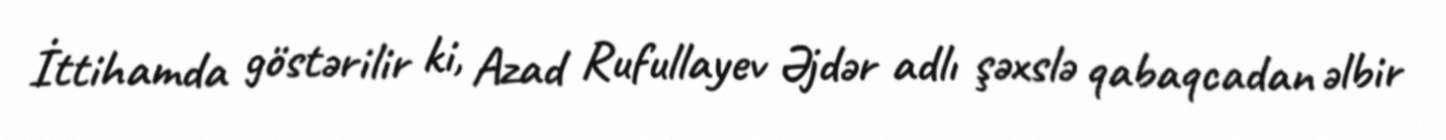
İttihamda göstərilir ki, Azad Rufullayev Əjdər adlı şəxslə qabaqcadan əlbir